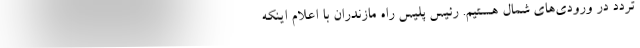
تردد در ورودی‌های شمال هستیم. رئیس پلیس راه مازندران با اعلام اینکه